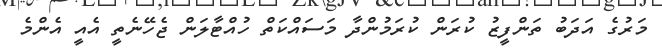
މަރުގެ އަދަބު ތަންފީޒު ކުރަން ކުރަމުންދާ މަސައްކަތް ހުއްޓާލަން ޖެހޭނެތީ އެއީ އެންމެ